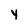
Character: Y